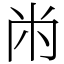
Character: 㡀